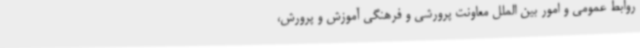
روابط عمومی و امور بین الملل معاونت پرورشی و فرهنگی آموزش و پرورش،